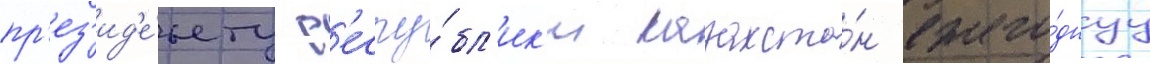
пр'ез'ид'е́нту р'еспу́бл'ик'и казахста́н ежего́днуу